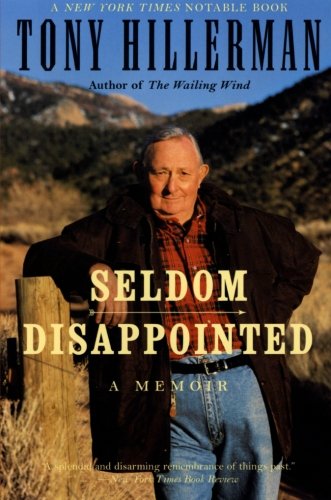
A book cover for Seldom Disappointed: A Memoir; Tony Hillerman; Mystery, Thriller & Suspense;